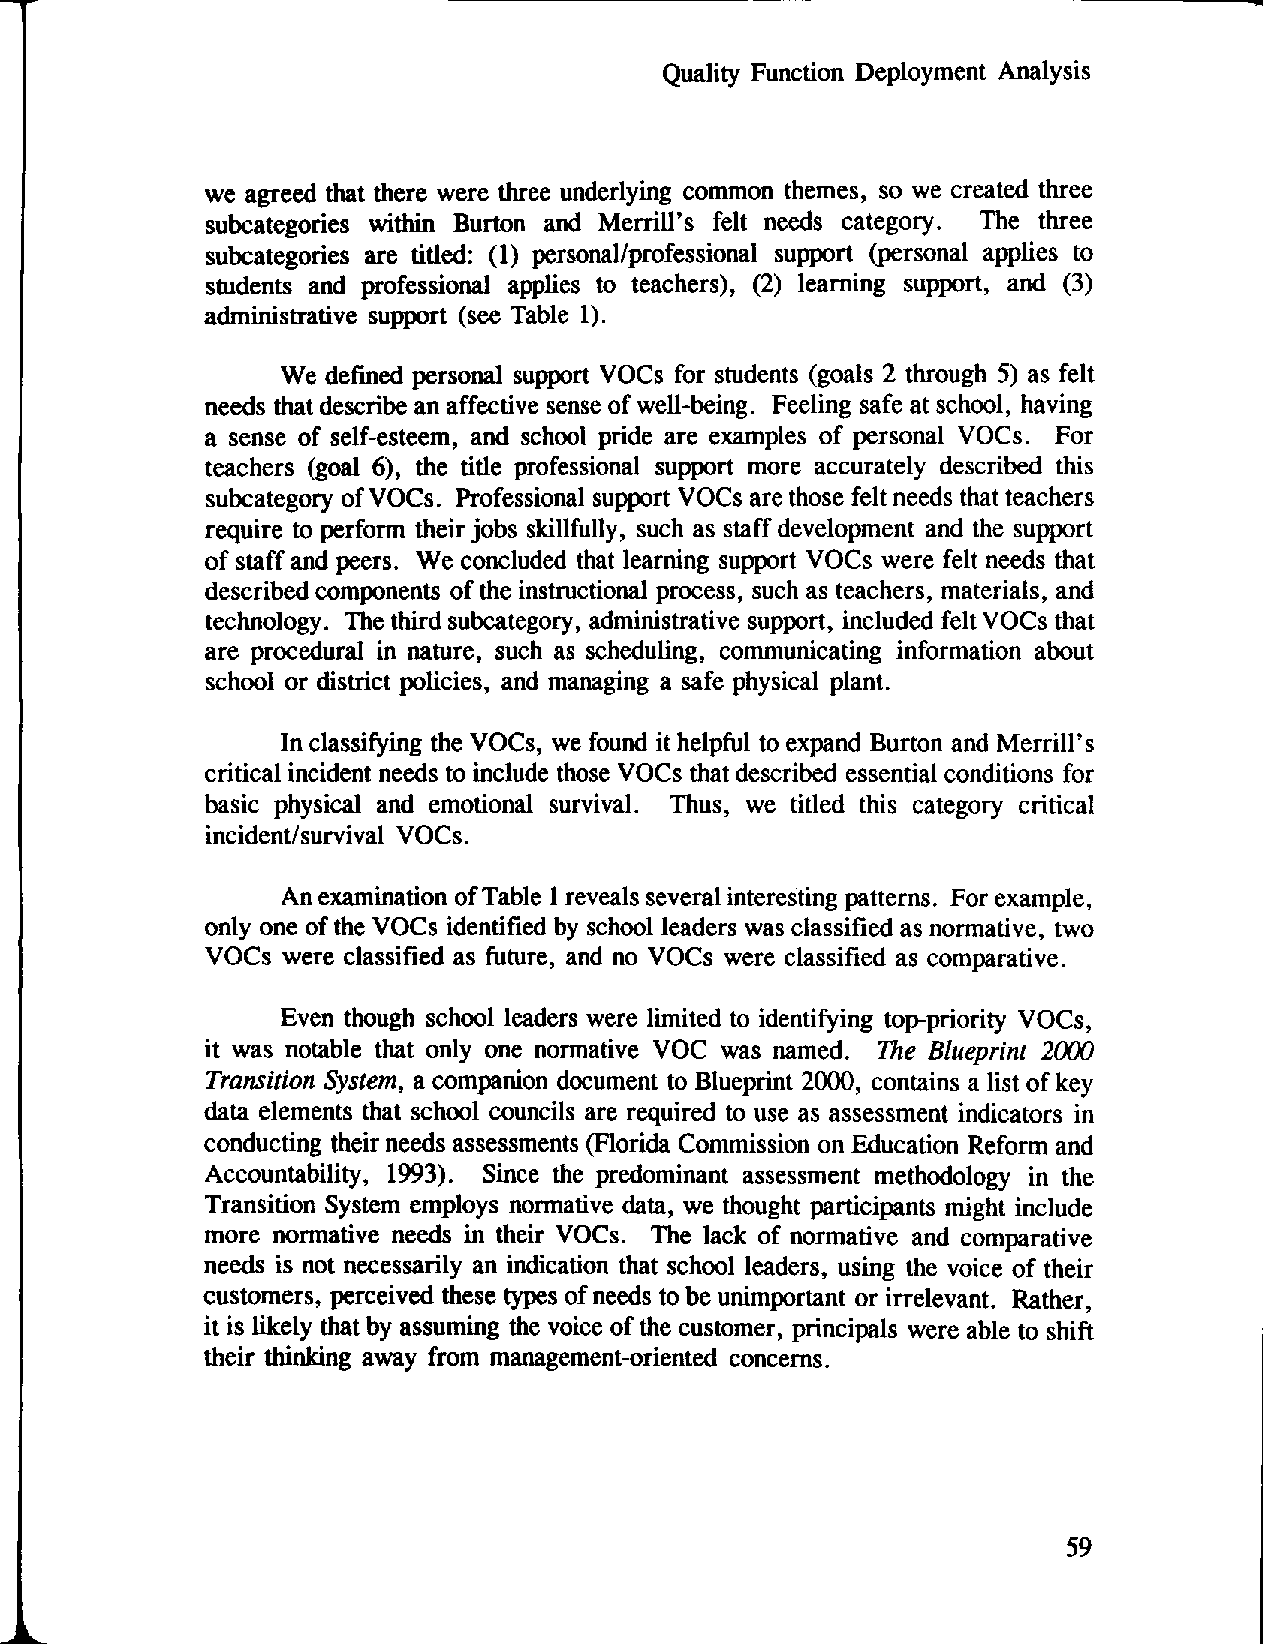
"'
 Quality Function Deployment Analysis
 we agreed that there were three underlying common themes, so we created three
 subcategories within Burton and Merrill's felt needs category. The three
 subcategories are titled: (1) personal/professional support (personal applies to
 students and professional applies to teachers), (2) learning support, and (3)
 administrative support (see Table 1).
 We defmed personal support VOCs for students (goals 2 through 5) as felt
 needs that describe an affective sense of well-being. Feeling safe at school, having
 a sense of self-esteem, and school pride are examples of personal VOCs. For
 teachers (goal 6), the title professional support more accurately described this
 subcategory of VOCs. Professional support VOCs are those felt needs that teachers
 require to perform their jobs skillfully, such as staff development and the support
 of staff and peers. We concluded that learning support VOCs were felt needs that
 described components of the instructional process, such as teachers, materials, and
 technology. The third subcategory, administrative support, included felt VOCs that
 are procedural in nature, such as scheduling, communicating information about
 school or district policies, and managing a safe physical plant.
 In classifying the VOCs, we found it helpful to expand Burton and Merrill's
 critical incident needs to include those VOCs that described essential conditions for
 basic physical and emotional survival. Thus, we titled this category critical
 incident/survival VOCs.
 Anexamination ofTable 1reveals several interesting patterns. For example,
 only one of the VOCs identified by school leaders was classified as normative, two
 VOCs were classified as future, and no VOCs were classified as comparative.
 Even though school leaders were limited to identifying top-priority VOCs,
 it was notable that only one normative VOC was named. The Blueprint 2000
 Transition System, a companion document to Blueprint 2000, contains a list of key
 data elements that school councils are required to use as assessment indicators in
 conducting their needs assessments (Florida Commission on Education Reform and
 Accountability, 1993). Since the predominant assessment methodology in the
 Transition System employs normative data, we thought participants might include
 more normative needs in their VOCs. The lack of normative and comparative
 needs is not necessarily an indication that school leaders, using the voice of their
 customers, perceived these types of needs to be unimportant or irrelevant. Rather,
 it is likely that by assuming the voice of the customer, principals were able to shift
 their thinking away from management-oriented concerns.
 59